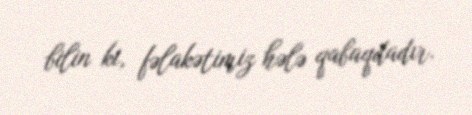
bilin ki, fəlakətimiz hələ qabaqdadır.